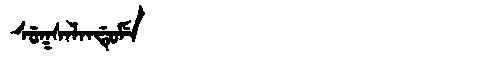
Manchu: ᠰᡠᡴᠰᠠᠯᠠᠨᡩᡠᠮᡝ
Romanization: SUKSALANDUME